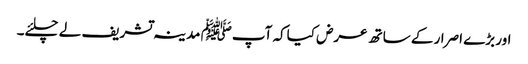
اور بڑے اصرار کے ساتھ عرض کیاکہ آپﷺ مدینہ تشریف لے چلئے۔